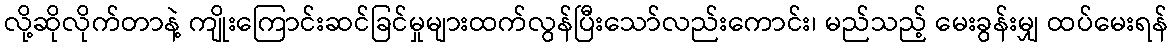
လို့ဆိုလိုက်တာနဲ့ ကျိုးကြောင်းဆင်ခြင်မှုများထက်လွန်ပြီးသော်လည်းကောင်း၊ မည်သည့် မေးခွန်းမျှ ထပ်မေးရန်